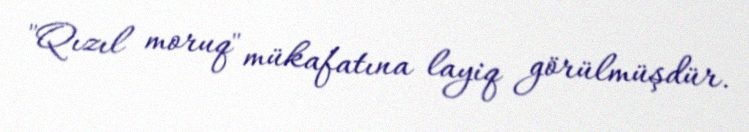
"Qızıl moruq" mükafatına layiq görülmüşdür.